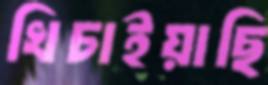
খিচাইয়াছি